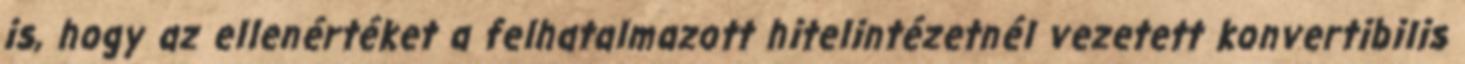
is, hogy az ellenértéket a felhatalmazott hitelintézetnél vezetett konvertibilis